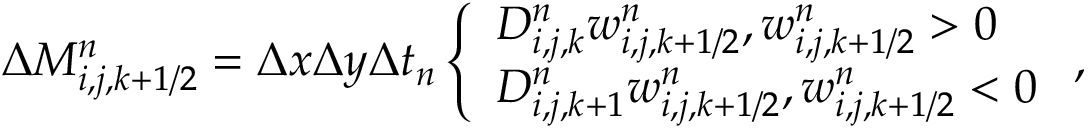
\begin{array} { r } { \Delta M _ { i , j , k + 1 / 2 } ^ { n } = \Delta x \Delta y \Delta t _ { n } \left\{ \begin{array} { l l } { D _ { i , j , k } ^ { n } w _ { i , j , k + 1 / 2 } ^ { n } , w _ { i , j , k + 1 / 2 } ^ { n } > 0 } \\ { D _ { i , j , k + 1 } ^ { n } w _ { i , j , k + 1 / 2 } ^ { n } , w _ { i , j , k + 1 / 2 } ^ { n } < 0 } \end{array} \right. , } \end{array}